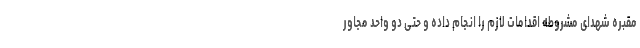
مقبره شهدای مشروطه اقدامات لازم را انجام داده و حتی دو واحد مجاور